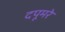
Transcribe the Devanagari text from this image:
दपूमरे